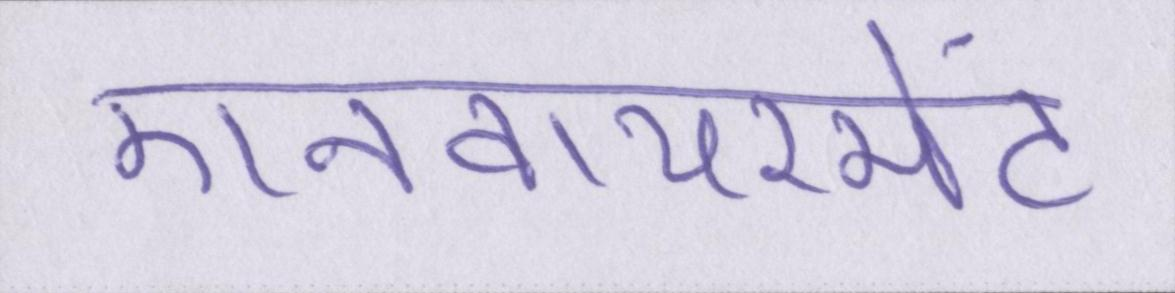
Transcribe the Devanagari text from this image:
एनवायरमेंट